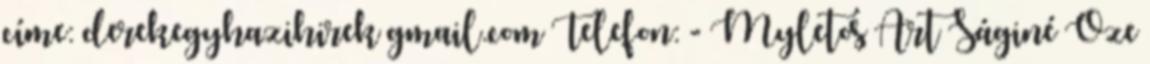
címe: derekegyhazihirek gmail.com Telefon: - Myletos Art Ságiné Őze